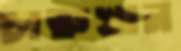
চারুখান